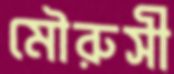
মৌরুসী